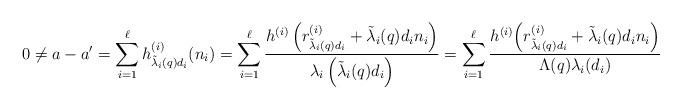
LaTeX: \begin{align*}0\neq a-a'&=\sum_{i=1}^{\ell}h^{(i)}_{\tilde{\lambda}_i(q)d_i}(n_i)=\sum_{i=1}^{\ell}\frac{h^{(i)}\left(r^{(i)}_{\tilde{\lambda}_i(q)d_i}+\tilde{\lambda}_i(q)d_in_i\right)}{\lambda_i\left(\tilde{\lambda}_i(q)d_i\right)}=\sum_{i=1}^{\ell}\frac{h^{(i)}\Big(r^{(i)}_{\tilde{\lambda}_i(q)d_i}+\tilde{\lambda}_i(q)d_in_i\Big)}{\Lambda(q)\lambda_i(d_i)}\end{align*}